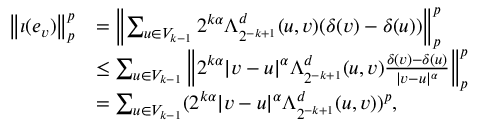
\begin{array} { r l } { \left\Vert \iota ( e _ { v } ) \right\Vert _ { p } ^ { p } } & { = \left\Vert \sum _ { u \in V _ { k - 1 } } 2 ^ { k \alpha } \Lambda _ { 2 ^ { - k + 1 } } ^ { d } ( u , v ) ( \delta ( v ) - \delta ( u ) ) \right\Vert _ { p } ^ { p } } \\ & { \leq \sum _ { u \in V _ { k - 1 } } \left\Vert 2 ^ { k \alpha } | v - u | ^ { \alpha } \Lambda _ { 2 ^ { - k + 1 } } ^ { d } ( u , v ) \frac { \delta ( v ) - \delta ( u ) } { | v - u | ^ { \alpha } } \right\Vert _ { p } ^ { p } } \\ & { = \sum _ { u \in V _ { k - 1 } } ( 2 ^ { k \alpha } | v - u | ^ { \alpha } \Lambda _ { 2 ^ { - k + 1 } } ^ { d } ( u , v ) ) ^ { p } \mathrm { , } } \end{array}